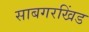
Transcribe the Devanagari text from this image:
साबगरखिंड